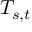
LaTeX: \textstyle T _ { s , t }